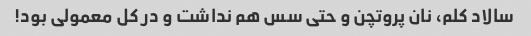
سالاد کلم، نان پروتچن و حتی سس هم نداشت و در کل معمولی بود!